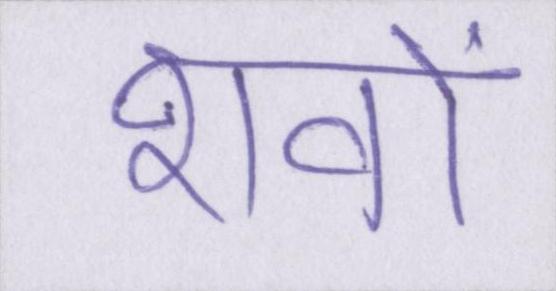
शवों